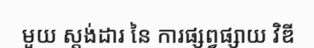
មួយ ស្តង់ដារ នៃ ការផ្សព្វផ្សាយ វិឌី